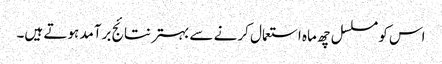
اس کو مسلسل چھ ماہ استعمال کرنے سے بہتر نتائج برآمد ہوتے ہیں۔